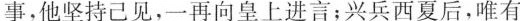
事，他坚持己见，一再向皇上进言；兴兵西夏后，唯有